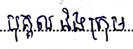
បុគ្គល និងក្រុម